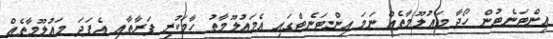
އިންޓަނެޓުން ހޯދާ މައުލޫމާތެއް ނަމަ އިންޓަނެޓްގައި އެމައުލޫމާތު ހާމަކުރި ފަރާތާއި އެފަދަ މައުލޫމާތެއް